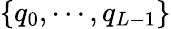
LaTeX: \{ q_{0},\cdots,q_{L-1}\}